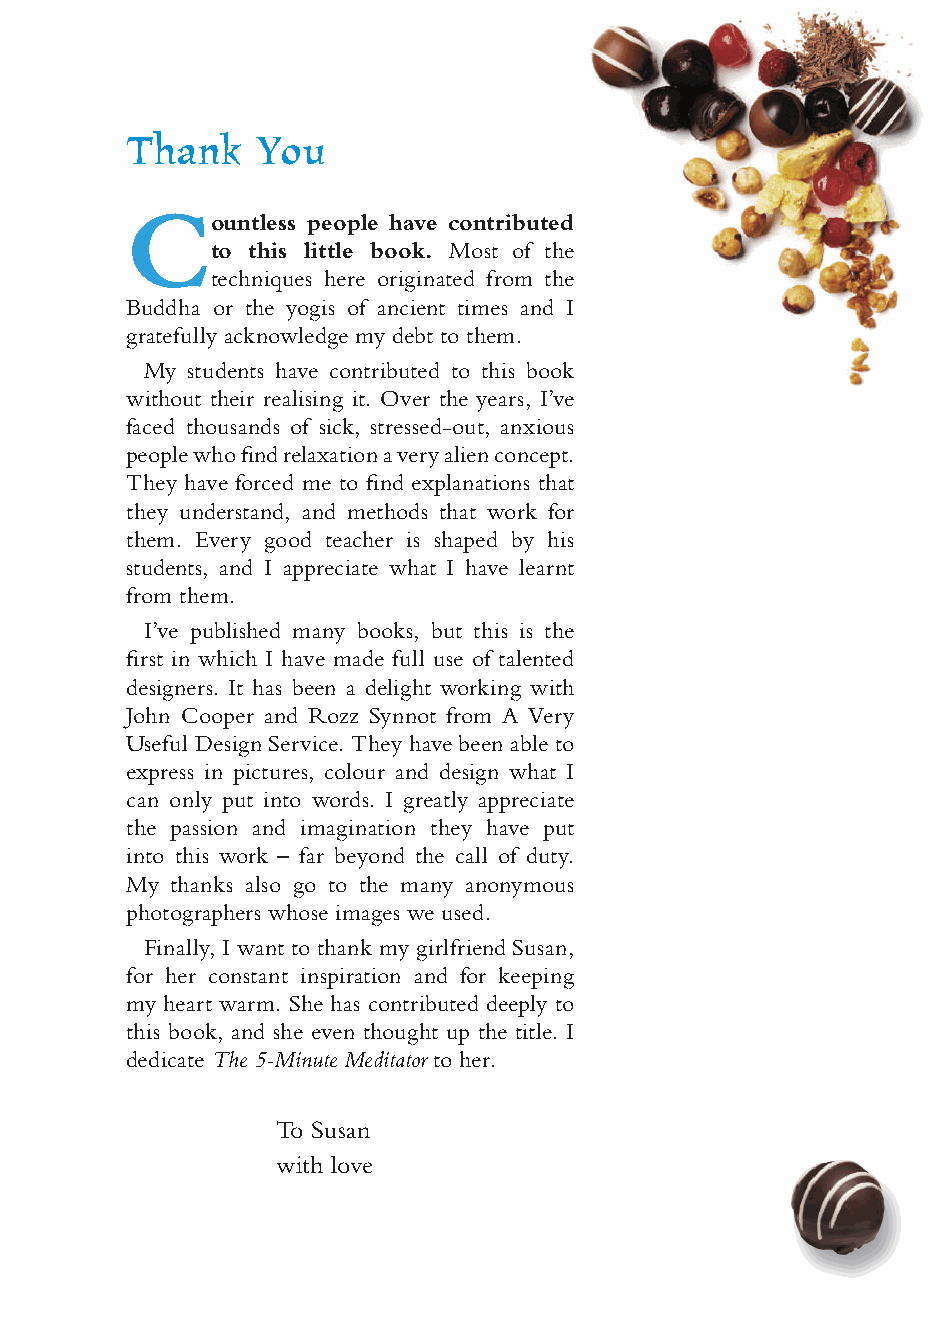
167
 Thank    You
 C
 ountless people have contributed
 to this little book. Most of the
 techniques here originated from the
 Buddha or the yogis of ancient times and I
 gratefully acknowledge my debt to them.
 My students have contributed to this book
 without their realising it. Over the years, I’ve
 faced thousands of sick, stressed-out, anxious
 people who fi nd relaxation a very alien concept.
 They have forced me to fi nd explanations that
 they understand, and methods that work for
 them. Every good teacher is shaped by his
 students, and I appreciate what I have learnt
 from them.
 I’ve published many books, but this is the
 fi rst in which I have made full use of talented
 designers. It has been a delight working with
 John Cooper and Rozz Synnot from A Very
 Useful Design Service. They have been able to
 express in pictures, colour and design what I
 can only put into words. I greatly appreciate
 the passion and imagination they have put
 into this work – far beyond the call of duty.
 My thanks also go to the many anonymous
 photographers whose images we used.
 Finally, I want to thank my girlfriend Susan,
 for her constant inspiration and for keeping
 my heart warm. She has contributed deeply to
 this book, and she even thought up the title. I
 dedicate The 5-Minute Meditator to her.
 To Susan
 with love
 ffiivvee__220000667788..iinndddd SSeecc11::117711   3300//55//0055 55::0066::1199 PPMM